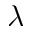
\lambda